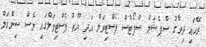
ރޭހައި ދިރާގު ސްޕެޝަލް ސްޕޯޓްސް ފެސްޓިވަލް އަދި ޔޫތް ފެސްޓިވަލްގައި ވެސް ސިންގަލް